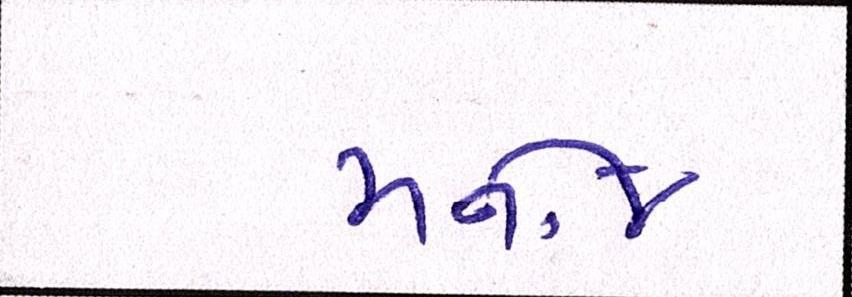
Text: મનોજ